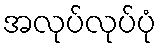
အလုပ်လုပ်ပုံ